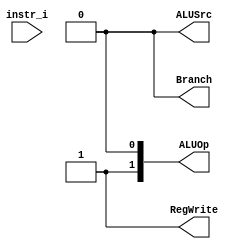
/***************************************************
Student Name: 
Student ID: 0711239
***************************************************/

`timescale 1ns/1ps

module Decoder(
	input [32-1:0] 		instr_i,
	output wire			ALUSrc,
	output wire			RegWrite,
	output wire			Branch,
	output wire [2-1:0]	ALUOp
	);
	
//Internal Signals
// wire	[7-1:0]		opcode;
// wire [3-1:0]		funct3;
// wire	[3-1:0]		Instr_field;
// wire	[9-1:0]		Ctrl_o;

assign ALUSrc = 1'b0;
assign RegWrite = 1'b1;
assign Branch = 1'b0;
assign ALUop = 2'b10;

endmodule